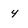
Character: 4